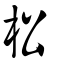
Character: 松